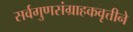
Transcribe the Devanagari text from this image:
सर्वगुणसंग्राहकवृत्तीने